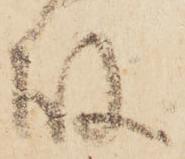
故